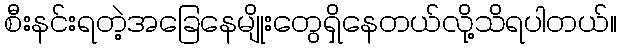
စီးနင်းရတဲ့အခြေနေမျိုးတွေရှိနေတယ်လို့သိရပါတယ်။